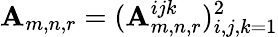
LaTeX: \mathbf{A}_{m,n,r}=(\mathbf{A}_{m,n,r}^{ijk})_{i,j,k=1}^{2}